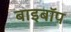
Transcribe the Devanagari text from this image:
बाइबॉप